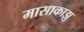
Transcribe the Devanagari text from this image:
मासाकाझु